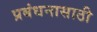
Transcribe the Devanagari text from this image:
प्रबंधनासाठी